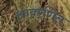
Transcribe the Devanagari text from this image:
आवरणित